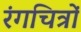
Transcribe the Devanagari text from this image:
रंगचित्रों